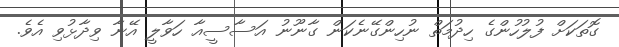
ގޮތަކަށް ފުލުހުންގެ ހިދުމަތް ނުހިންގޭނެކަން ގާނޫނު އަސާސީއާ ހަވާލީ އޭނާ ވިދާޅުވި އެެވެ.